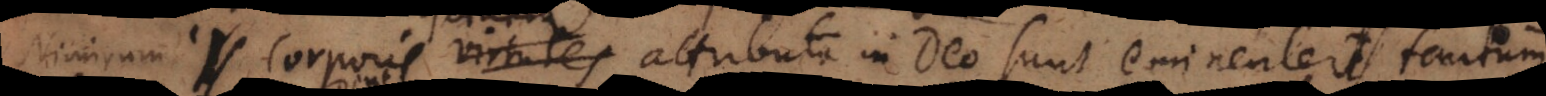
Nimirum corporis attributa in Deo sunt eminenter tantum;